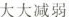
大大减弱